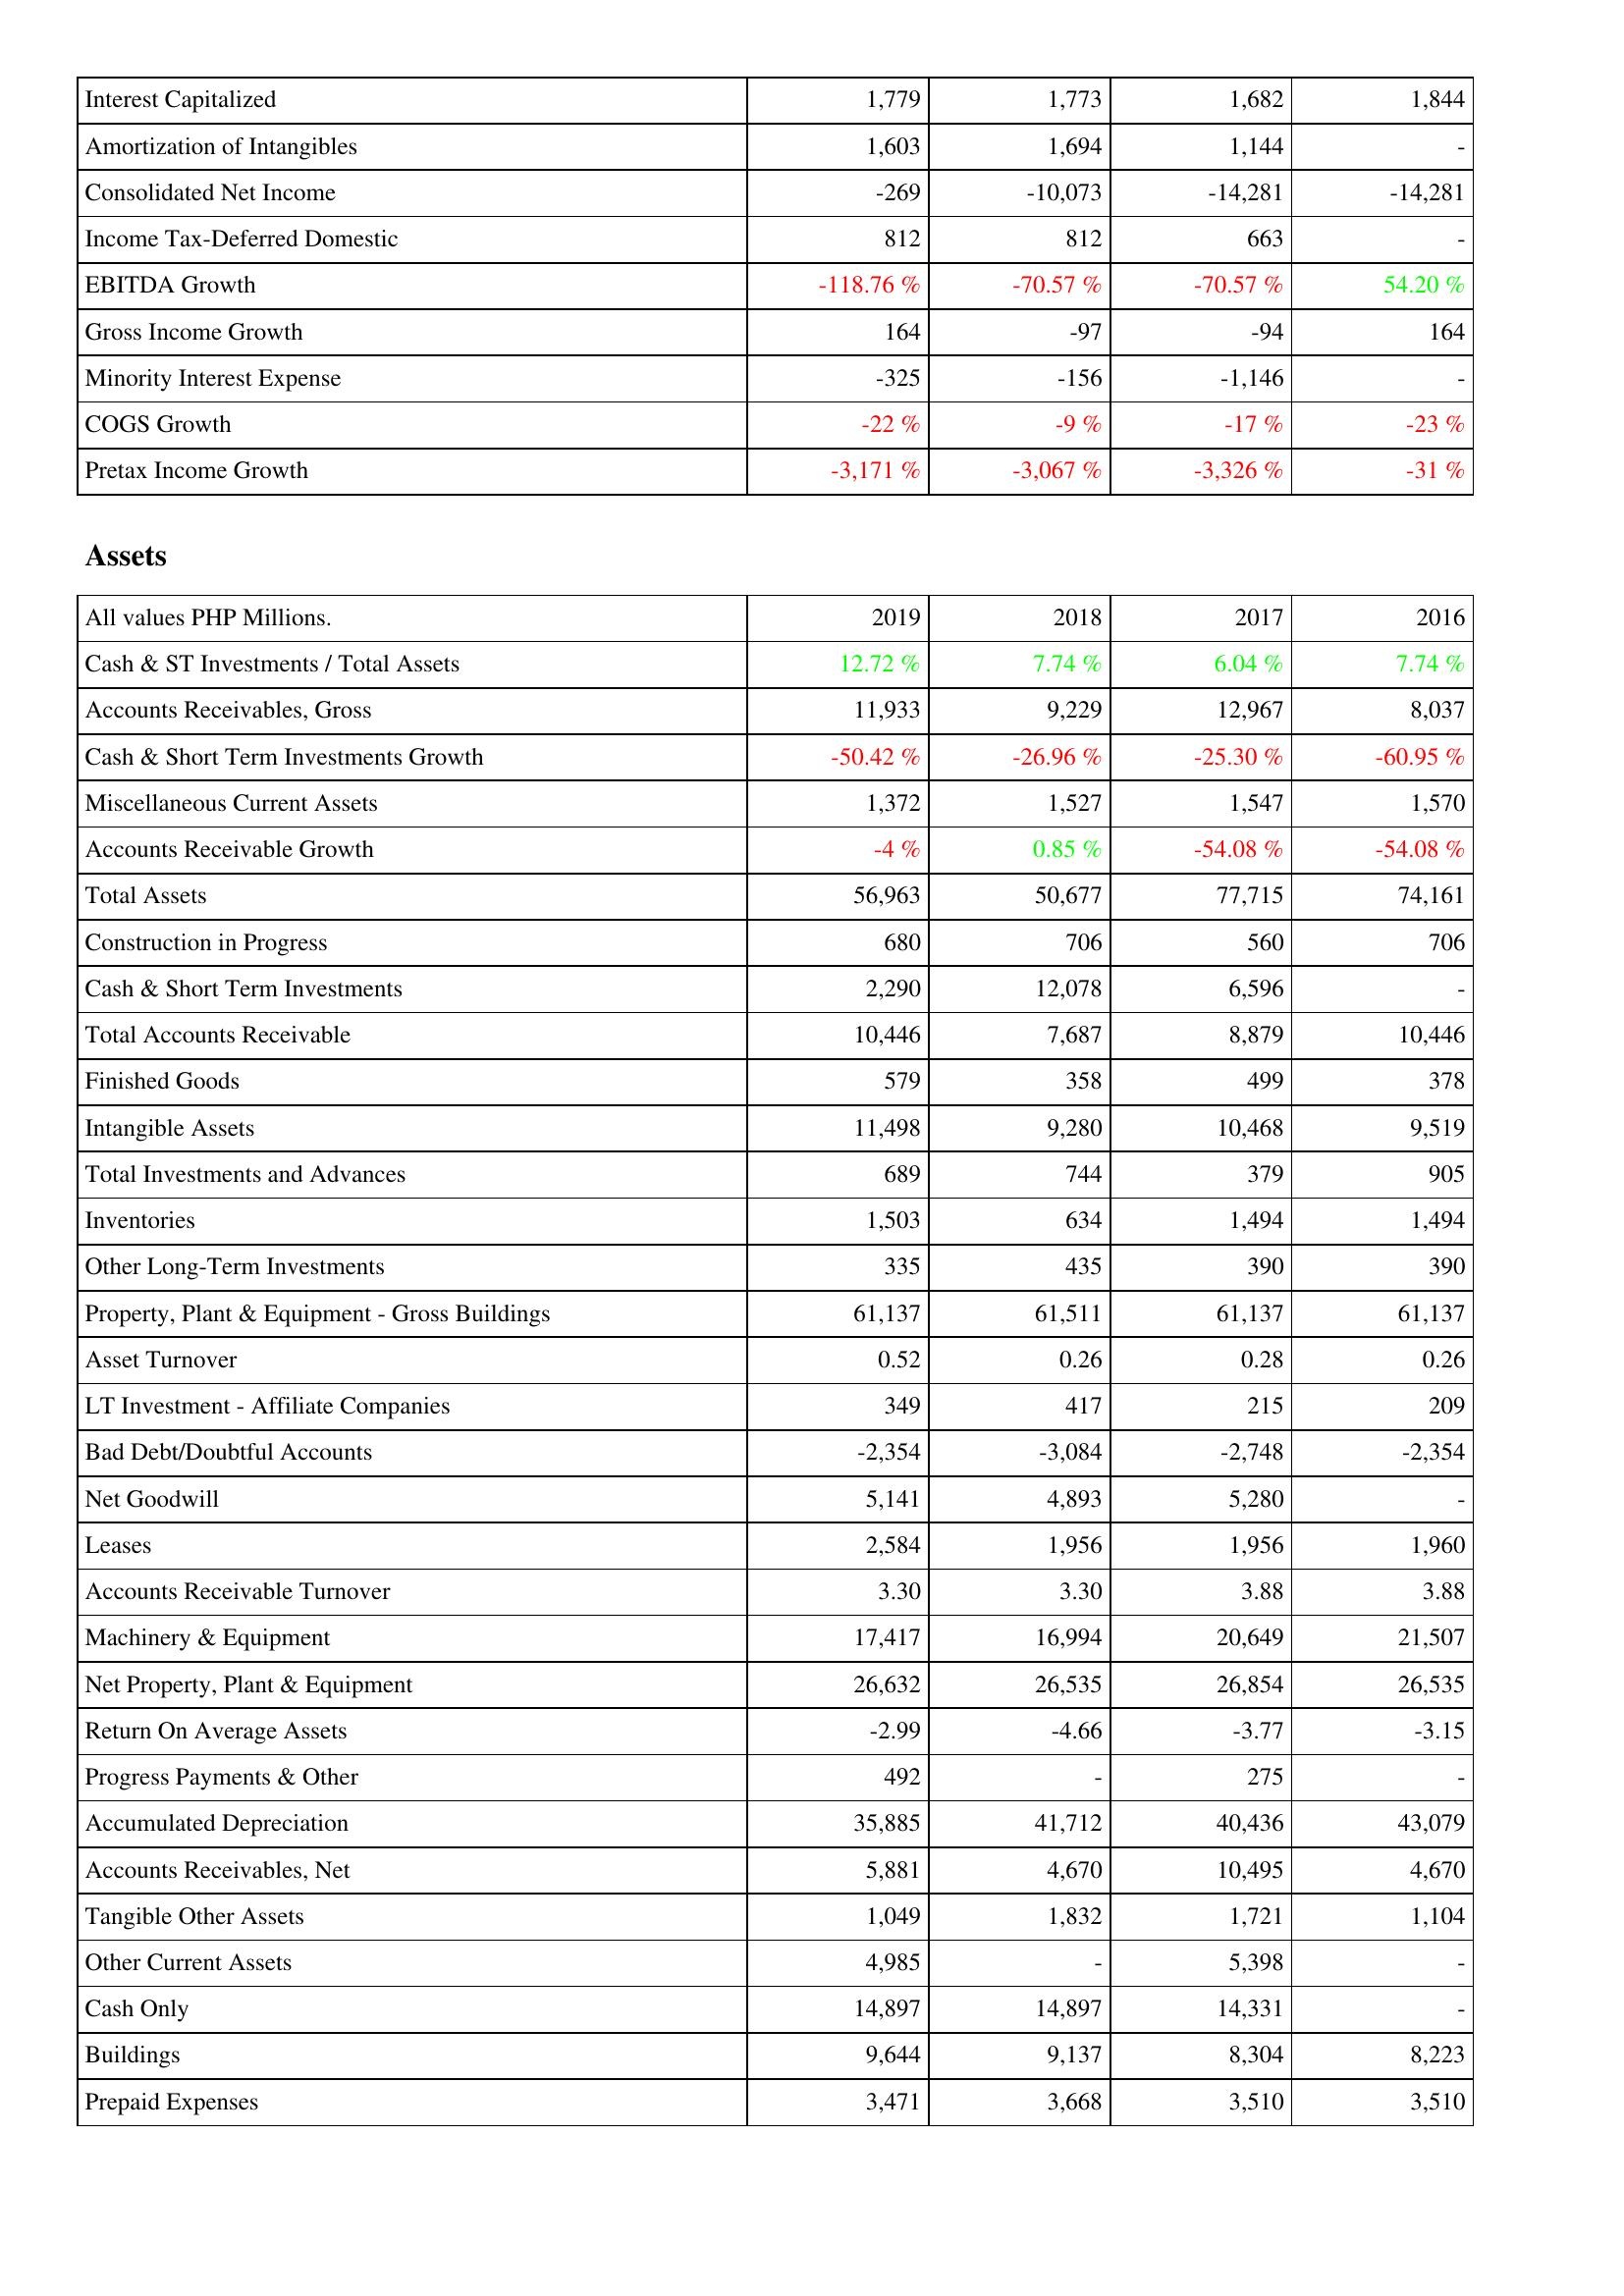
2019: Income Statement: Interest Capitalized: 1,779
Amortization of Intangibles: 1,603
Consolidated Net Income: -269
Income Tax-Deferred Domestic: 812
EBITDA Growth: -118.76 %
Gross Income Growth: 164
Minority Interest Expense: -325
COGS Growth: -22 %
Pretax Income Growth: -3,171 %
Assets: Cash & ST Investments / Total Assets: 12.72 %
Accounts Receivables, Gross: 11,933
Cash & Short Term Investments Growth: -50.42 %
Miscellaneous Current Assets: 1,372
Accounts Receivable Growth: -4 %
Total Assets: 56,963
Construction in Progress: 680
Cash & Short Term Investments: 2,290
Total Accounts Receivable: 10,446
Finished Goods: 579
Intangible Assets: 11,498
Total Investments and Advances: 689
Inventories: 1,503
Other Long-Term Investments: 335
Property, Plant & Equipment - Gross Buildings: 61,137
Asset Turnover: 0.52
LT Investment - Affiliate Companies: 349
Bad Debt/Doubtful Accounts: -2,354
Net Goodwill: 5,141
Leases: 2,584
Accounts Receivable Turnover: 3.30
Machinery & Equipment: 17,417
Net Property, Plant & Equipment: 26,632
Return On Average Assets: -2.99
Progress Payments & Other: 492
Accumulated Depreciation: 35,885
Accounts Receivables, Net: 5,881
Tangible Other Assets: 1,049
Other Current Assets: 4,985
Cash Only: 14,897
Buildings: 9,644
Prepaid Expenses: 3,471
2018: Income Statement: Interest Capitalized: 1,773
Amortization of Intangibles: 1,694
Consolidated Net Income: -10,073
Income Tax-Deferred Domestic: 812
EBITDA Growth: -70.57 %
Gross Income Growth: -97
Minority Interest Expense: -156
COGS Growth: -9 %
Pretax Income Growth: -3,067 %
Assets: Cash & ST Investments / Total Assets: 7.74 %
Accounts Receivables, Gross: 9,229
Cash & Short Term Investments Growth: -26.96 %
Miscellaneous Current Assets: 1,527
Accounts Receivable Growth: 0.85 %
Total Assets: 50,677
Construction in Progress: 706
Cash & Short Term Investments: 12,078
Total Accounts Receivable: 7,687
Finished Goods: 358
Intangible Assets: 9,280
Total Investments and Advances: 744
Inventories: 634
Other Long-Term Investments: 435
Property, Plant & Equipment - Gross Buildings: 61,511
Asset Turnover: 0.26
LT Investment - Affiliate Companies: 417
Bad Debt/Doubtful Accounts: -3,084
Net Goodwill: 4,893
Leases: 1,956
Accounts Receivable Turnover: 3.30
Machinery & Equipment: 16,994
Net Property, Plant & Equipment: 26,535
Return On Average Assets: -4.66
Progress Payments & Other: -
Accumulated Depreciation: 41,712
Accounts Receivables, Net: 4,670
Tangible Other Assets: 1,832
Other Current Assets: -
Cash Only: 14,897
Buildings: 9,137
Prepaid Expenses: 3,668
2017: Income Statement: Interest Capitalized: 1,682
Amortization of Intangibles: 1,144
Consolidated Net Income: -14,281
Income Tax-Deferred Domestic: 663
EBITDA Growth: -70.57 %
Gross Income Growth: -94
Minority Interest Expense: -1,146
COGS Growth: -17 %
Pretax Income Growth: -3,326 %
Assets: Cash & ST Investments / Total Assets: 6.04 %
Accounts Receivables, Gross: 12,967
Cash & Short Term Investments Growth: -25.30 %
Miscellaneous Current Assets: 1,547
Accounts Receivable Growth: -54.08 %
Total Assets: 77,715
Construction in Progress: 560
Cash & Short Term Investments: 6,596
Total Accounts Receivable: 8,879
Finished Goods: 499
Intangible Assets: 10,468
Total Investments and Advances: 379
Inventories: 1,494
Other Long-Term Investments: 390
Property, Plant & Equipment - Gross Buildings: 61,137
Asset Turnover: 0.28
LT Investment - Affiliate Companies: 215
Bad Debt/Doubtful Accounts: -2,748
Net Goodwill: 5,280
Leases: 1,956
Accounts Receivable Turnover: 3.88
Machinery & Equipment: 20,649
Net Property, Plant & Equipment: 26,854
Return On Average Assets: -3.77
Progress Payments & Other: 275
Accumulated Depreciation: 40,436
Accounts Receivables, Net: 10,495
Tangible Other Assets: 1,721
Other Current Assets: 5,398
Cash Only: 14,331
Buildings: 8,304
Prepaid Expenses: 3,510
2016: Income Statement: Interest Capitalized: 1,844
Amortization of Intangibles: -
Consolidated Net Income: -14,281
Income Tax-Deferred Domestic: -
EBITDA Growth: 54.20 %
Gross Income Growth: 164
Minority Interest Expense: -
COGS Growth: -23 %
Pretax Income Growth: -31 %
Assets: Cash & ST Investments / Total Assets: 7.74 %
Accounts Receivables, Gross: 8,037
Cash & Short Term Investments Growth: -60.95 %
Miscellaneous Current Assets: 1,570
Accounts Receivable Growth: -54.08 %
Total Assets: 74,161
Construction in Progress: 706
Cash & Short Term Investments: -
Total Accounts Receivable: 10,446
Finished Goods: 378
Intangible Assets: 9,519
Total Investments and Advances: 905
Inventories: 1,494
Other Long-Term Investments: 390
Property, Plant & Equipment - Gross Buildings: 61,137
Asset Turnover: 0.26
LT Investment - Affiliate Companies: 209
Bad Debt/Doubtful Accounts: -2,354
Net Goodwill: -
Leases: 1,960
Accounts Receivable Turnover: 3.88
Machinery & Equipment: 21,507
Net Property, Plant & Equipment: 26,535
Return On Average Assets: -3.15
Progress Payments & Other: -
Accumulated Depreciation: 43,079
Accounts Receivables, Net: 4,670
Tangible Other Assets: 1,104
Other Current Assets: -
Cash Only: -
Buildings: 8,223
Prepaid Expenses: 3,510